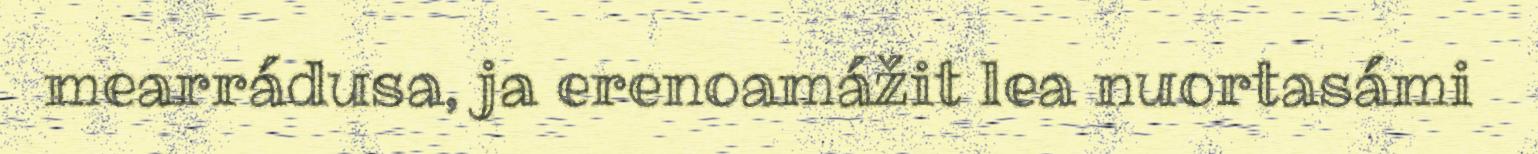
mearrádusa, ja erenoamážit lea nuortasámi